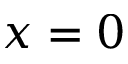
x = 0